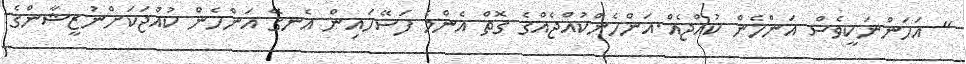
" އަހަންނަކީވެސް އަންހެން ކުއްޖެއް.އަންހެންކުއްޖެއްގެ ގޮތް އެންމެ ފަސޭހައިން އެނގޭ އަންހެން ކުއްޖަކަށްނުޒީޝާންގެ